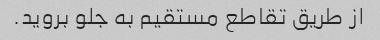
از طریق تقاطع مستقیم به جلو بروید.